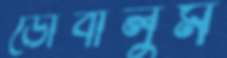
ডোবালুম